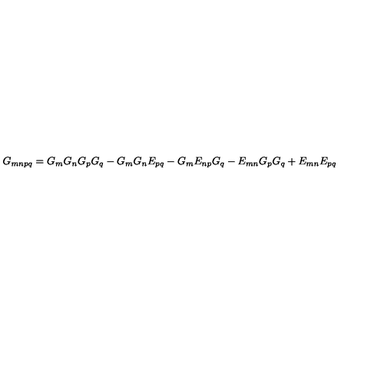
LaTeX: G _ { m n p q } = G _ { m } G _ { n } G _ { p } G _ { q } - G _ { m } G _ { n } E _ { p q } - G _ { m } E _ { n p } G _ { q } - E _ { m n } G _ { p } G _ { q } + E _ { m n } E _ { p q }